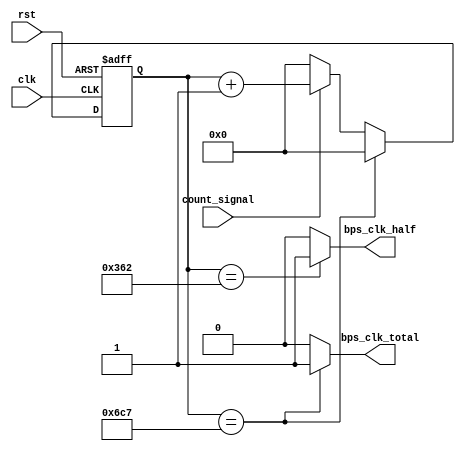
`timescale 1ns / 1ps
//////////////////////////////////////////////////////////////////////////////////
// Company: 
// Engineer: 
// 
// Design Name: 
// Module Name: rx_bps
// Project Name: 
// Target Devices: 
// Tool Versions: 
// Description: 
// 
// Dependencies: 
// 
// Revision:
// Revision 0.01 - File Created
// Additional Comments:
// 
//////////////////////////////////////////////////////////////////////////////////


module rx_bps(
    input clk,
    input rst,//high level is effective
    input count_signal,
    output bps_clk_half,//the usage output
    output bps_clk_total
    );
parameter bps = 115200;//baudrate of the module,the defaul number is 115200
parameter integer total_counter = 1*200000000/bps-1;//this parameter cannot be changed,you must put the multiplication in the form place or the result is always zero
parameter integer half_counter = total_counter/2-1;

reg [14:0] counter;

always @ (posedge clk or posedge rst)
    begin
        if(rst)
        	begin
        		counter <= 15'd0;
        	end
        else if (counter == total_counter) 
            begin
                counter <= 15'd0;
            end
        else if (count_signal) 
            begin
                counter <= counter + 1'b1;
            end
        else 
        	begin
        		counter <= 15'd0;
        	end

    end

assign bps_clk_half = (counter == half_counter) ? 1'b1 : 1'b0;
assign bps_clk_total = (counter == total_counter) ? 1'b1 : 1'b0;
endmodule